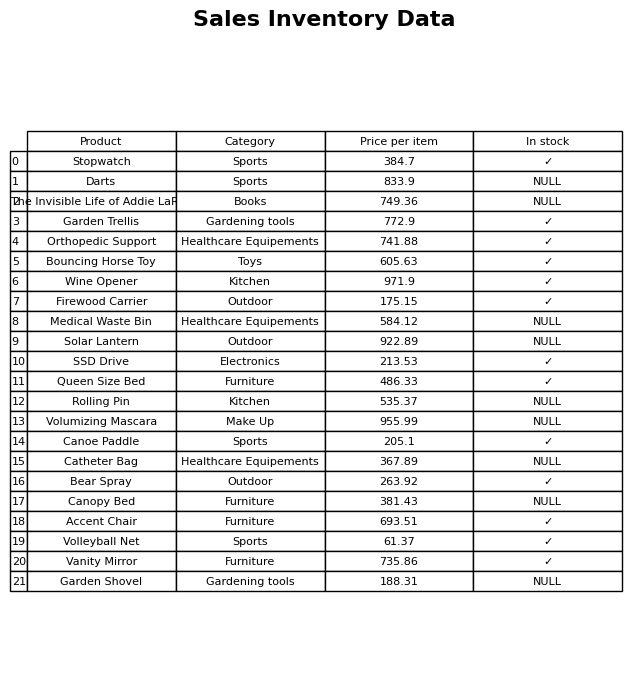
question: What is the price for The Invisible Life of Addie LaRue?
answer: The price of The Invisible Life of Addie LaRue is 749.36.